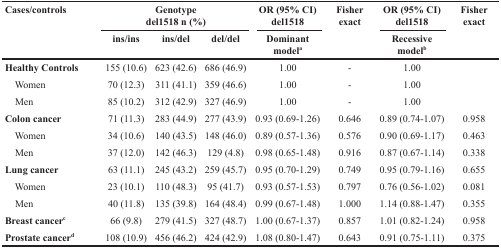
<table><thead><tr><td rowspan="2"><b>Cases/controls</b></td><td colspan="3"><b>Genotype del1518 n (%)</b></td><td><b>OR (95% CI) del1518</b></td><td rowspan="2"><b>Fisher exact</b></td><td><b>OR (95% CI) del1518</b></td><td rowspan="2"><b>Fisher exact</b></td></tr><tr><td><b>ins/ins</b></td><td><b>ins/del</b></td><td><b>del/del</b></td><td><b>Dominant model<sup>a</sup></b></td><td><b>Recessive model<sup>b</sup></b></td></tr></thead><tbody><tr><td><b>Healthy Controls</b></td><td>155 (10.6)</td><td>623 (42.6)</td><td>686 (46.9)</td><td>1.00</td><td>-</td><td>1.00</td><td></td></tr><tr><td> Women</td><td>70 (12.3)</td><td>311 (41.1)</td><td>359 (46.6)</td><td>1.00</td><td>-</td><td>1.00</td><td></td></tr><tr><td> Men</td><td>85 (10.2)</td><td>312 (42.9)</td><td>327 (46.9)</td><td>1.00</td><td>-</td><td>1.00</td><td></td></tr><tr><td><b>Colon cancer</b></td><td>71 (11.3)</td><td>283 (44.9)</td><td>277 (43.9)</td><td>0.93 (0.69-1.26)</td><td>0.646</td><td>0.89 (0.74-1.07)</td><td>0.958</td></tr><tr><td> Women</td><td>34 (10.6)</td><td>140 (43.5)</td><td>148 (46.0)</td><td>0.89 (0.57-1.36)</td><td>0.576</td><td>0.90 (0.69-1.17)</td><td>0.463</td></tr><tr><td> Men</td><td>37 (12.0)</td><td>142 (46.3)</td><td>129 (4.8)</td><td>0.98 (0.65-1.48)</td><td>0.916</td><td>0.87 (0.67-1.14)</td><td>0.338</td></tr><tr><td><b>Lung cancer</b></td><td>63 (11.1)</td><td>245 (43.2)</td><td>259 (45.7)</td><td>0.95 (0.70-1.29)</td><td>0.749</td><td>0.95 (0.79-1.16)</td><td>0.655</td></tr><tr><td> Women</td><td>23 (10.1)</td><td>110 (48.3)</td><td>95 (41.7)</td><td>0.93 (0.57-1.53)</td><td>0.797</td><td>0.76 (0.56-1.02)</td><td>0.081</td></tr><tr><td> Men</td><td>40 (11.8)</td><td>135 (39.8)</td><td>164 (48.4)</td><td>0.99 (0.67-1.48)</td><td>1.000</td><td>1.14 (0.88-1.47)</td><td>0.355</td></tr><tr><td><b>Breast cancer<sup>c</sup></b></td><td>66 (9.8)</td><td>279 (41.5)</td><td>327 (48.7)</td><td>1.00 (0.67-1.37)</td><td>0.857</td><td>1.01 (0.82-1.24)</td><td>0.958</td></tr><tr><td><b>Prostate cancer<sup>d</sup></b></td><td>108 (10.9)</td><td>456 (46.2)</td><td>424 (42.9)</td><td>1.08 (0.80-1.47)</td><td>0.643</td><td>0.91 (0.75-1.11)</td><td>0.375</td></tr></tbody></table>